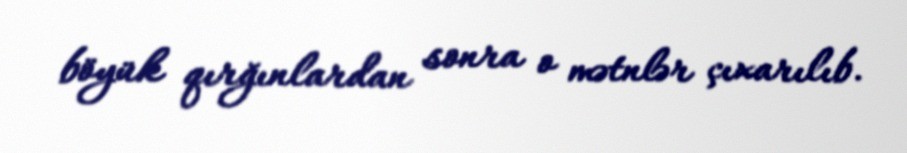
böyük qırğınlardan sonra o mətnlər çıxarılıb.